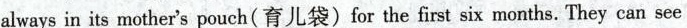
alwaysin its mother's pouch(育儿袋) for the first six months.They can see